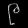
Digit: ၉